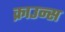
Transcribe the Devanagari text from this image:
क्राउन्स